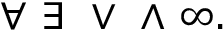
\forall \ \exists \ \vee \ \wedge \ \infty .